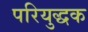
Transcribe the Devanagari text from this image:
परियुद्धक